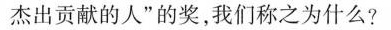
杰出贡献的人”的奖，我们称之为什么?